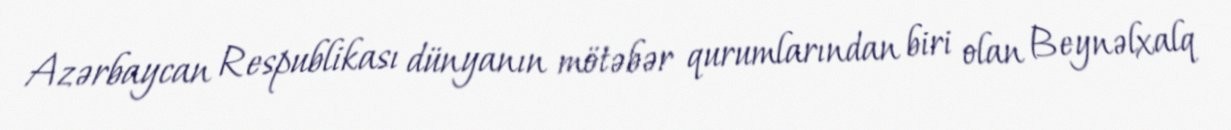
Azərbaycan Respublikası dünyanın mötəbər qurumlarından biri olan Beynəlxalq